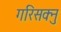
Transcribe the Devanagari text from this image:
गरिसक्नु